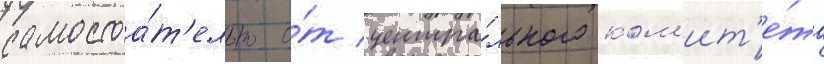
самостоа́т'ельно о́т центра́льного ком'ит'е́та